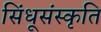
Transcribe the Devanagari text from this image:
सिंधूसंस्कृति